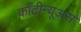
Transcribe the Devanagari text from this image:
काँटीन्यूअस